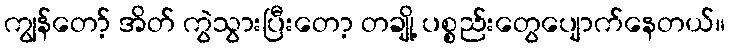
ကျွန်တော့် အိတ် ကွဲသွားပြီးတော့ တချို့ ပစ္စည်းတွေပျောက်နေတယ်။